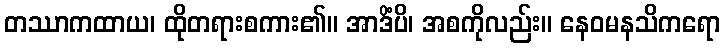
တဿာကထာယ၊ ထိုတရားစကား၏။ အာဒိံပိ၊ အစကိုလည်း။ နေဝမနသိကရော